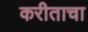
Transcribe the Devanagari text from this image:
करीताचा